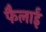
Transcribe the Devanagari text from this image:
फैलाईं